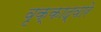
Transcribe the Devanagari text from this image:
वृक्काद्वारे